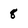
Character: 8